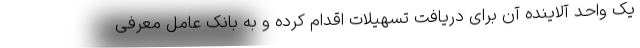
یک واحد آلاینده آن برای دریافت تسهیلات اقدام کرده و به بانک عامل معرفی